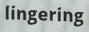
lingering